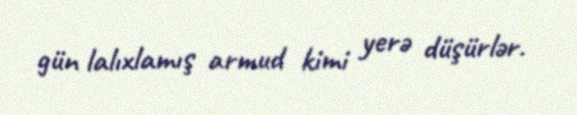
gün lalıxlamış armud kimi yerə düşürlər.